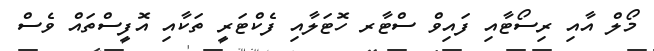
މޯލް އާއި ރިސޯޓާއި ފައިވް ސްޓާރ ހޮޓަލާއި ފެކްޓަރީ ތަކާއި އޮފީސްތައް ވެސް